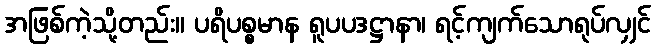
အဖြစ်ကဲ့သို့တည်း။ ပရိပစ္စမာန ရူပပဒဋ္ဌာနာ၊ ရင့်ကျက်သောရုပ်လျှင်